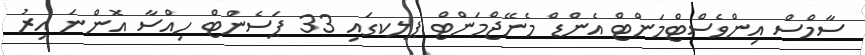
ސާމްސް އިންވެސްޓްމަންޓް އެންޑް މެނޭޖްމަންޓް ޕލކގައި 33 ޕަސެންޓް ހިއްސާ އޮންނަ އިރު